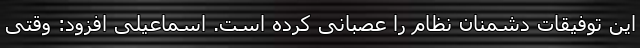
این توفیقات دشمنان نظام را عصبانی کرده است. اسماعیلی افزود: وقتی